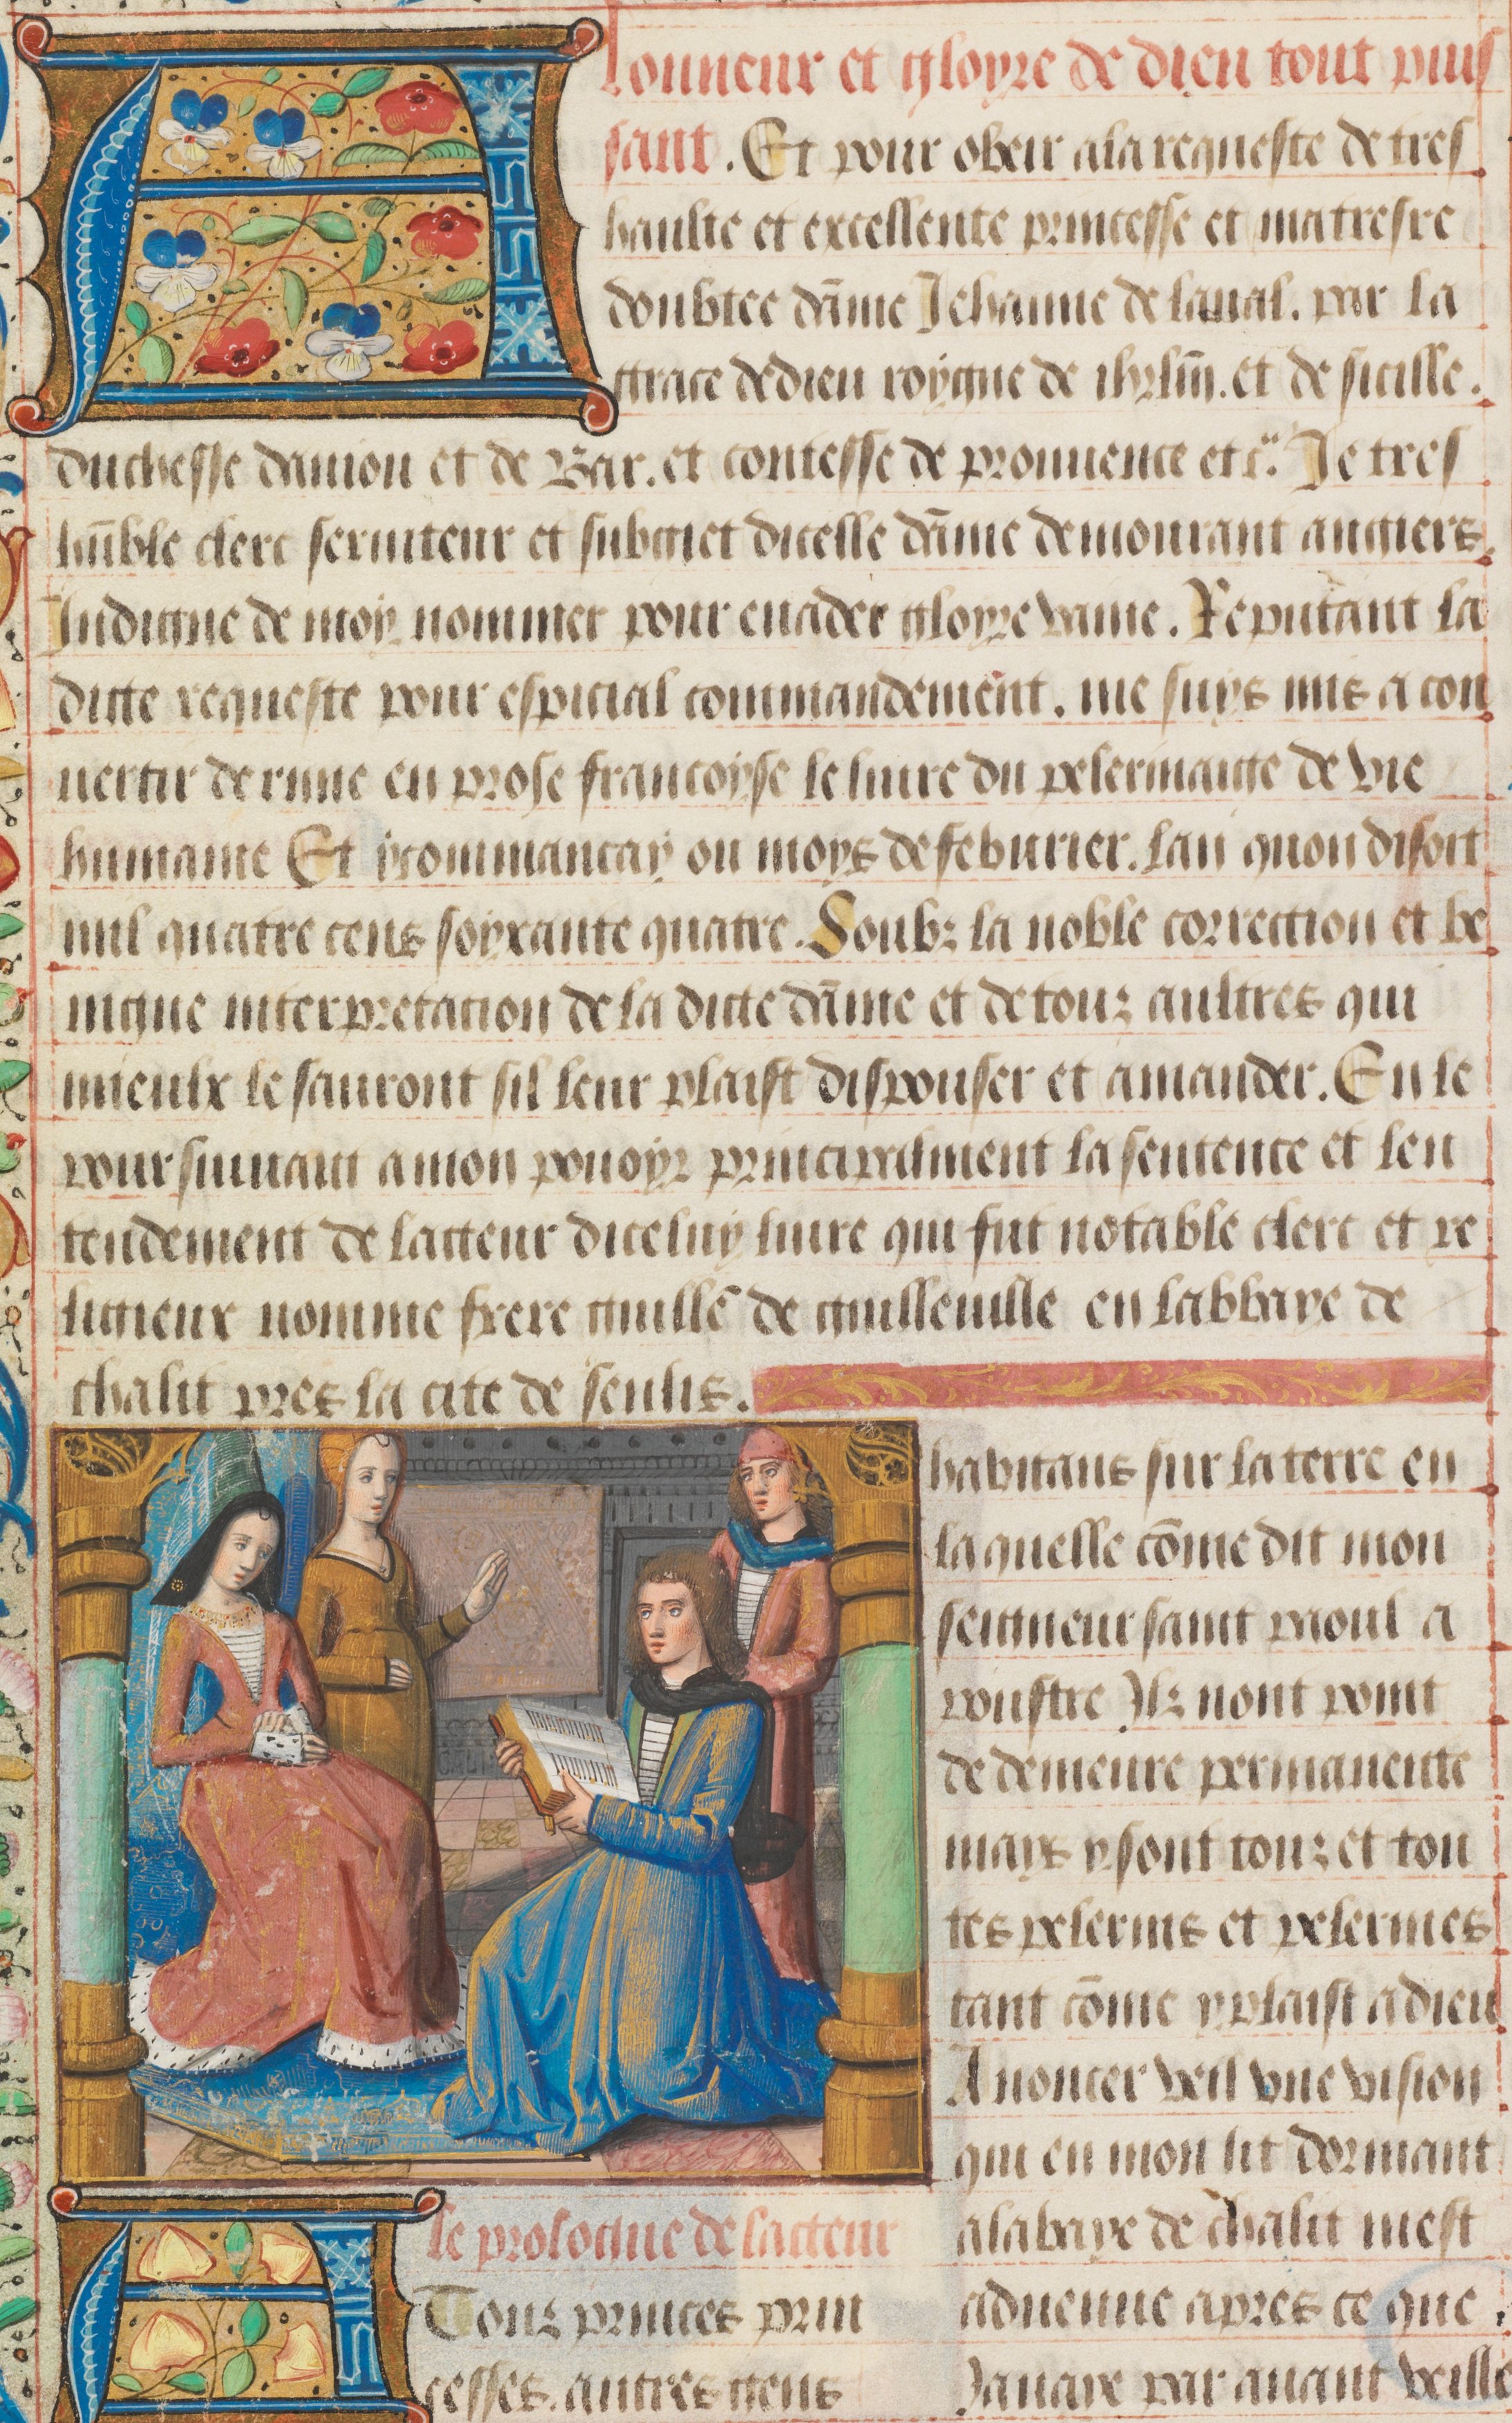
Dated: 1475–1499